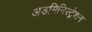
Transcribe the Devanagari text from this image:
अडमिनिस्ट्रेशन